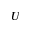
U